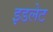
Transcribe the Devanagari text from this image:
इडलेट